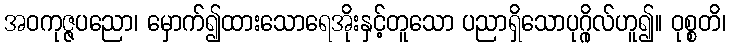
အဝကုဇ္ဇပညော၊ မှောက်၍ထားသောရေအိုးနှင့်တူသော ပညာရှိသောပုဂ္ဂိုလ်ဟူ၍။ ဝုစ္စတိ၊